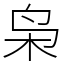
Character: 枭